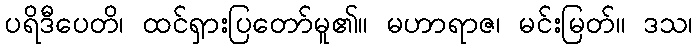
ပရိဒီပေတိ၊ ထင်ရှားပြတော်မူ၏။ မဟာရာဇ၊ မင်းမြတ်။ ဒသ၊